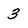
Character: 3